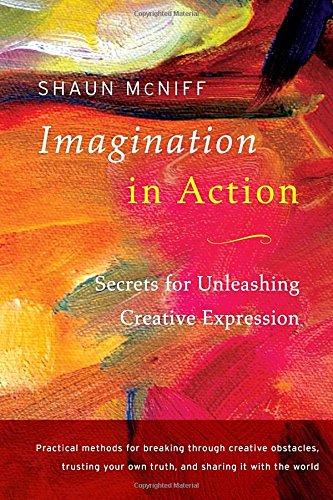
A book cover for Imagination in Action: Secrets for Unleashing Creative Expression; Shaun McNiff; Health, Fitness & Dieting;